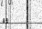
١٤